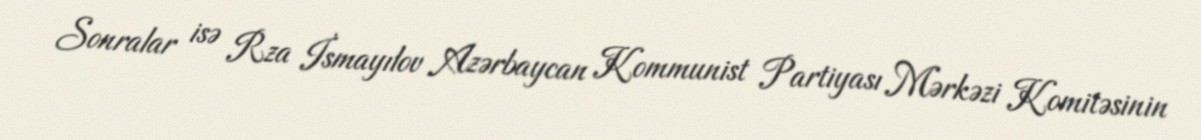
Sonralar isə Rza İsmayılov Azərbaycan Kommunist Partiyası Mərkəzi Komitəsinin